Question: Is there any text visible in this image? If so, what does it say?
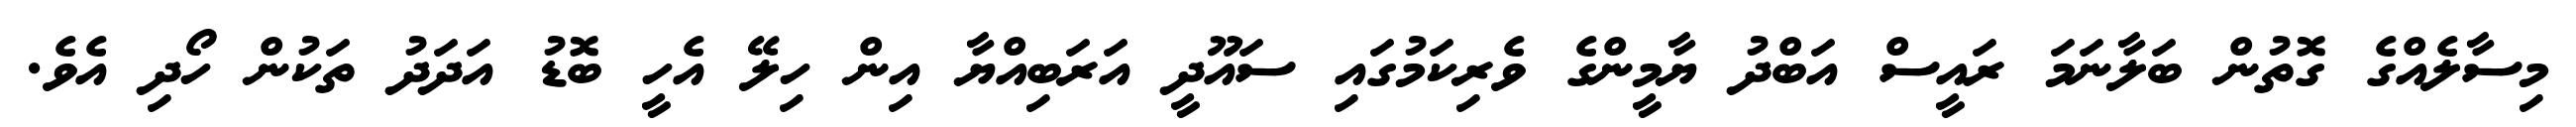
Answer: މިސާލެއްގެ ގޮތުން ބަލާނަމަ ރައީސް އަބްދު ޔާމީންގެ ވެރިކަމުގައި ސައޫދީ އަރަބިއްޔާ އިން ހިލޭ އެހީ ބޮޑު އަދަދު ތަކުން ހޯދި އެވެ.